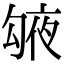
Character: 𠅱